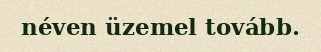
néven üzemel tovább.